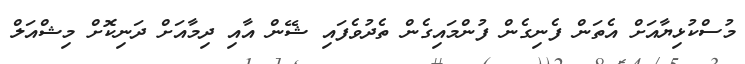
މުސްކުޅިޔާއަށް އެތަން ފެނިގެން ފުންމައިގެން ތެދުވެފައި ޝޭން އާއި ދިމާއަށް ދަނިކޮށް މިޝްއަލް